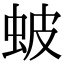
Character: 蚾